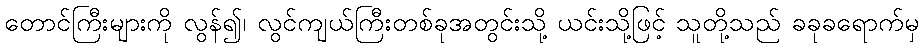
တောင်ကြီးများကို လွန်၍၊ လွင်ကျယ်ကြီးတစ်ခုအတွင်းသို့ ယင်းသို့ဖြင့် သူတို့သည် ခခုခရောက်မှ